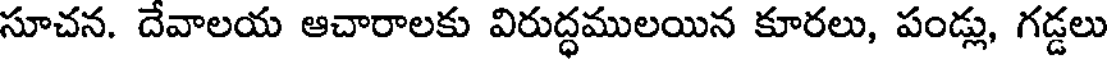
సూచన. దేవాలయ ఆచారాలకు విరుద్ధములయిన కూరలు, పండ్లు, గడ్డలు